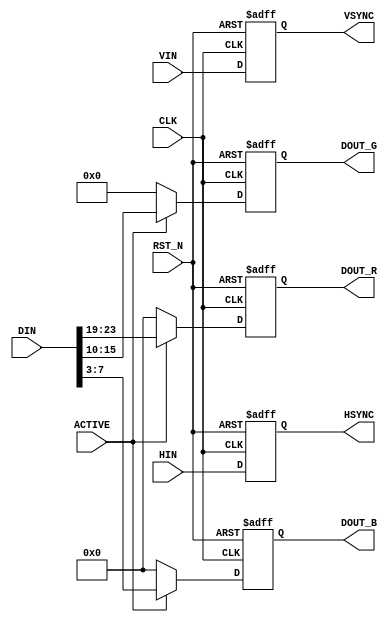
module aq_zybo_vga(
  input RST_N,
  input CLK,

  input [31:0] DIN,
  input ACTIVE,
  input HIN,
  input VIN,
  
  output HSYNC,
  output VSYNC,
  output [4:0] DOUT_R,
  output [5:0] DOUT_G,
  output [4:0] DOUT_B
);

  reg HSYNC;
  reg VSYNC;
  reg [4:0] DOUT_R;
  reg [5:0] DOUT_G;
  reg [4:0] DOUT_B;

always @(posedge CLK or negedge RST_N) begin
  if(!RST_N) begin
    HSYNC       <= 1'b0;
    VSYNC       <= 1'b0;
    DOUT_R[4:0] <= 5'd0;
    DOUT_G[5:0] <= 6'd0;
    DOUT_B[4:0] <= 5'd0;
  end else begin
    HSYNC       <= HIN;
    VSYNC       <= VIN;
    DOUT_R[4:0] <= (ACTIVE)?DIN[23:19]:5'd0;
    DOUT_G[5:0] <= (ACTIVE)?DIN[15:10]:6'd0;
    DOUT_B[4:0] <= (ACTIVE)?DIN[ 7: 3]:5'd0;
  end
end

endmodule